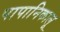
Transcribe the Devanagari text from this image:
पापानिकालू